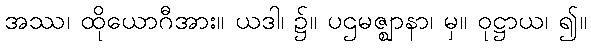
အဿ၊ ထိုယောဂီအား။ ယဒါ၊ ၌။ ပဌမဇ္ဈာနာ၊ မှ။ ဝုဋ္ဌာယ၊ ၍။